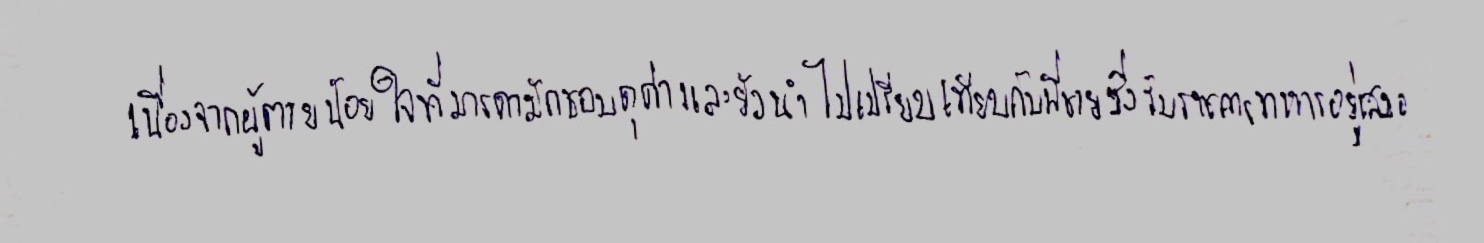
เนื่องจากผู้ตายน้อยใจที่มารดามักชอบดุด่าและยังนำไปเปรียบเทียบกับพี่ชายซึ่งรับราชการทหารอยู่เสมอ